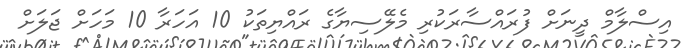
އިސްލާމް ދީނަށް ފުރައްސާރަކުރި މެލޭސިޔާގެ ރައްޔިތަކު 10 އަހަރާ 10 މަހަށް ޖަލަށް